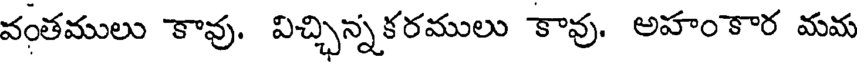
వంతములు కావు. విచ్చిన్నకరములు కావు. అహంకార మమ